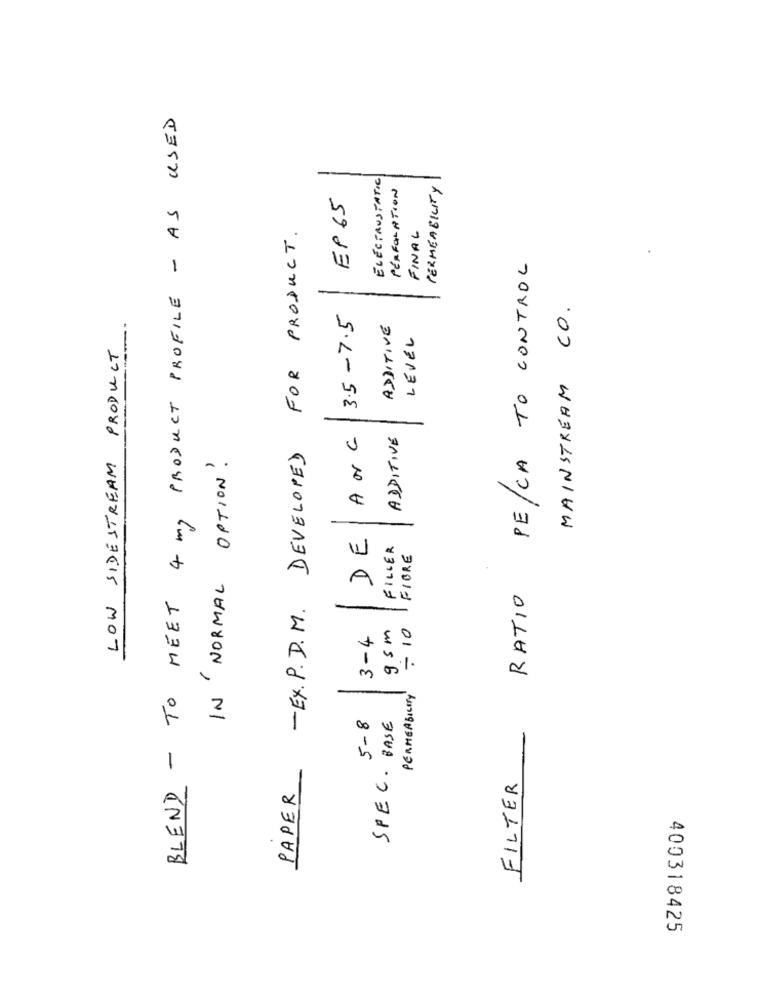
BLEND - TO MEET 4 mg PRODUCT PROFILE - AS USED
ELECTROSTATIC
PERFORATION
PERMEABILITY
EP 65
- EX. P.D.M. DEVELOPED FOR PRODUCT.
FINAL
PE/CA TO CONTROL
-
MAINSTREAM CO.
DE|ANG 3.5-7.5
-----
ADDITIVE ADDITIVE
LEVEL
LOW SIDESTREAM PRODUCT
IN NORMAL OPTION!
FILLER
FIORE
RATIO
95m
-10
3-4
-
PERMEABILITY
5-8
SPEC. BASE
FILTER
PAPER
400318425